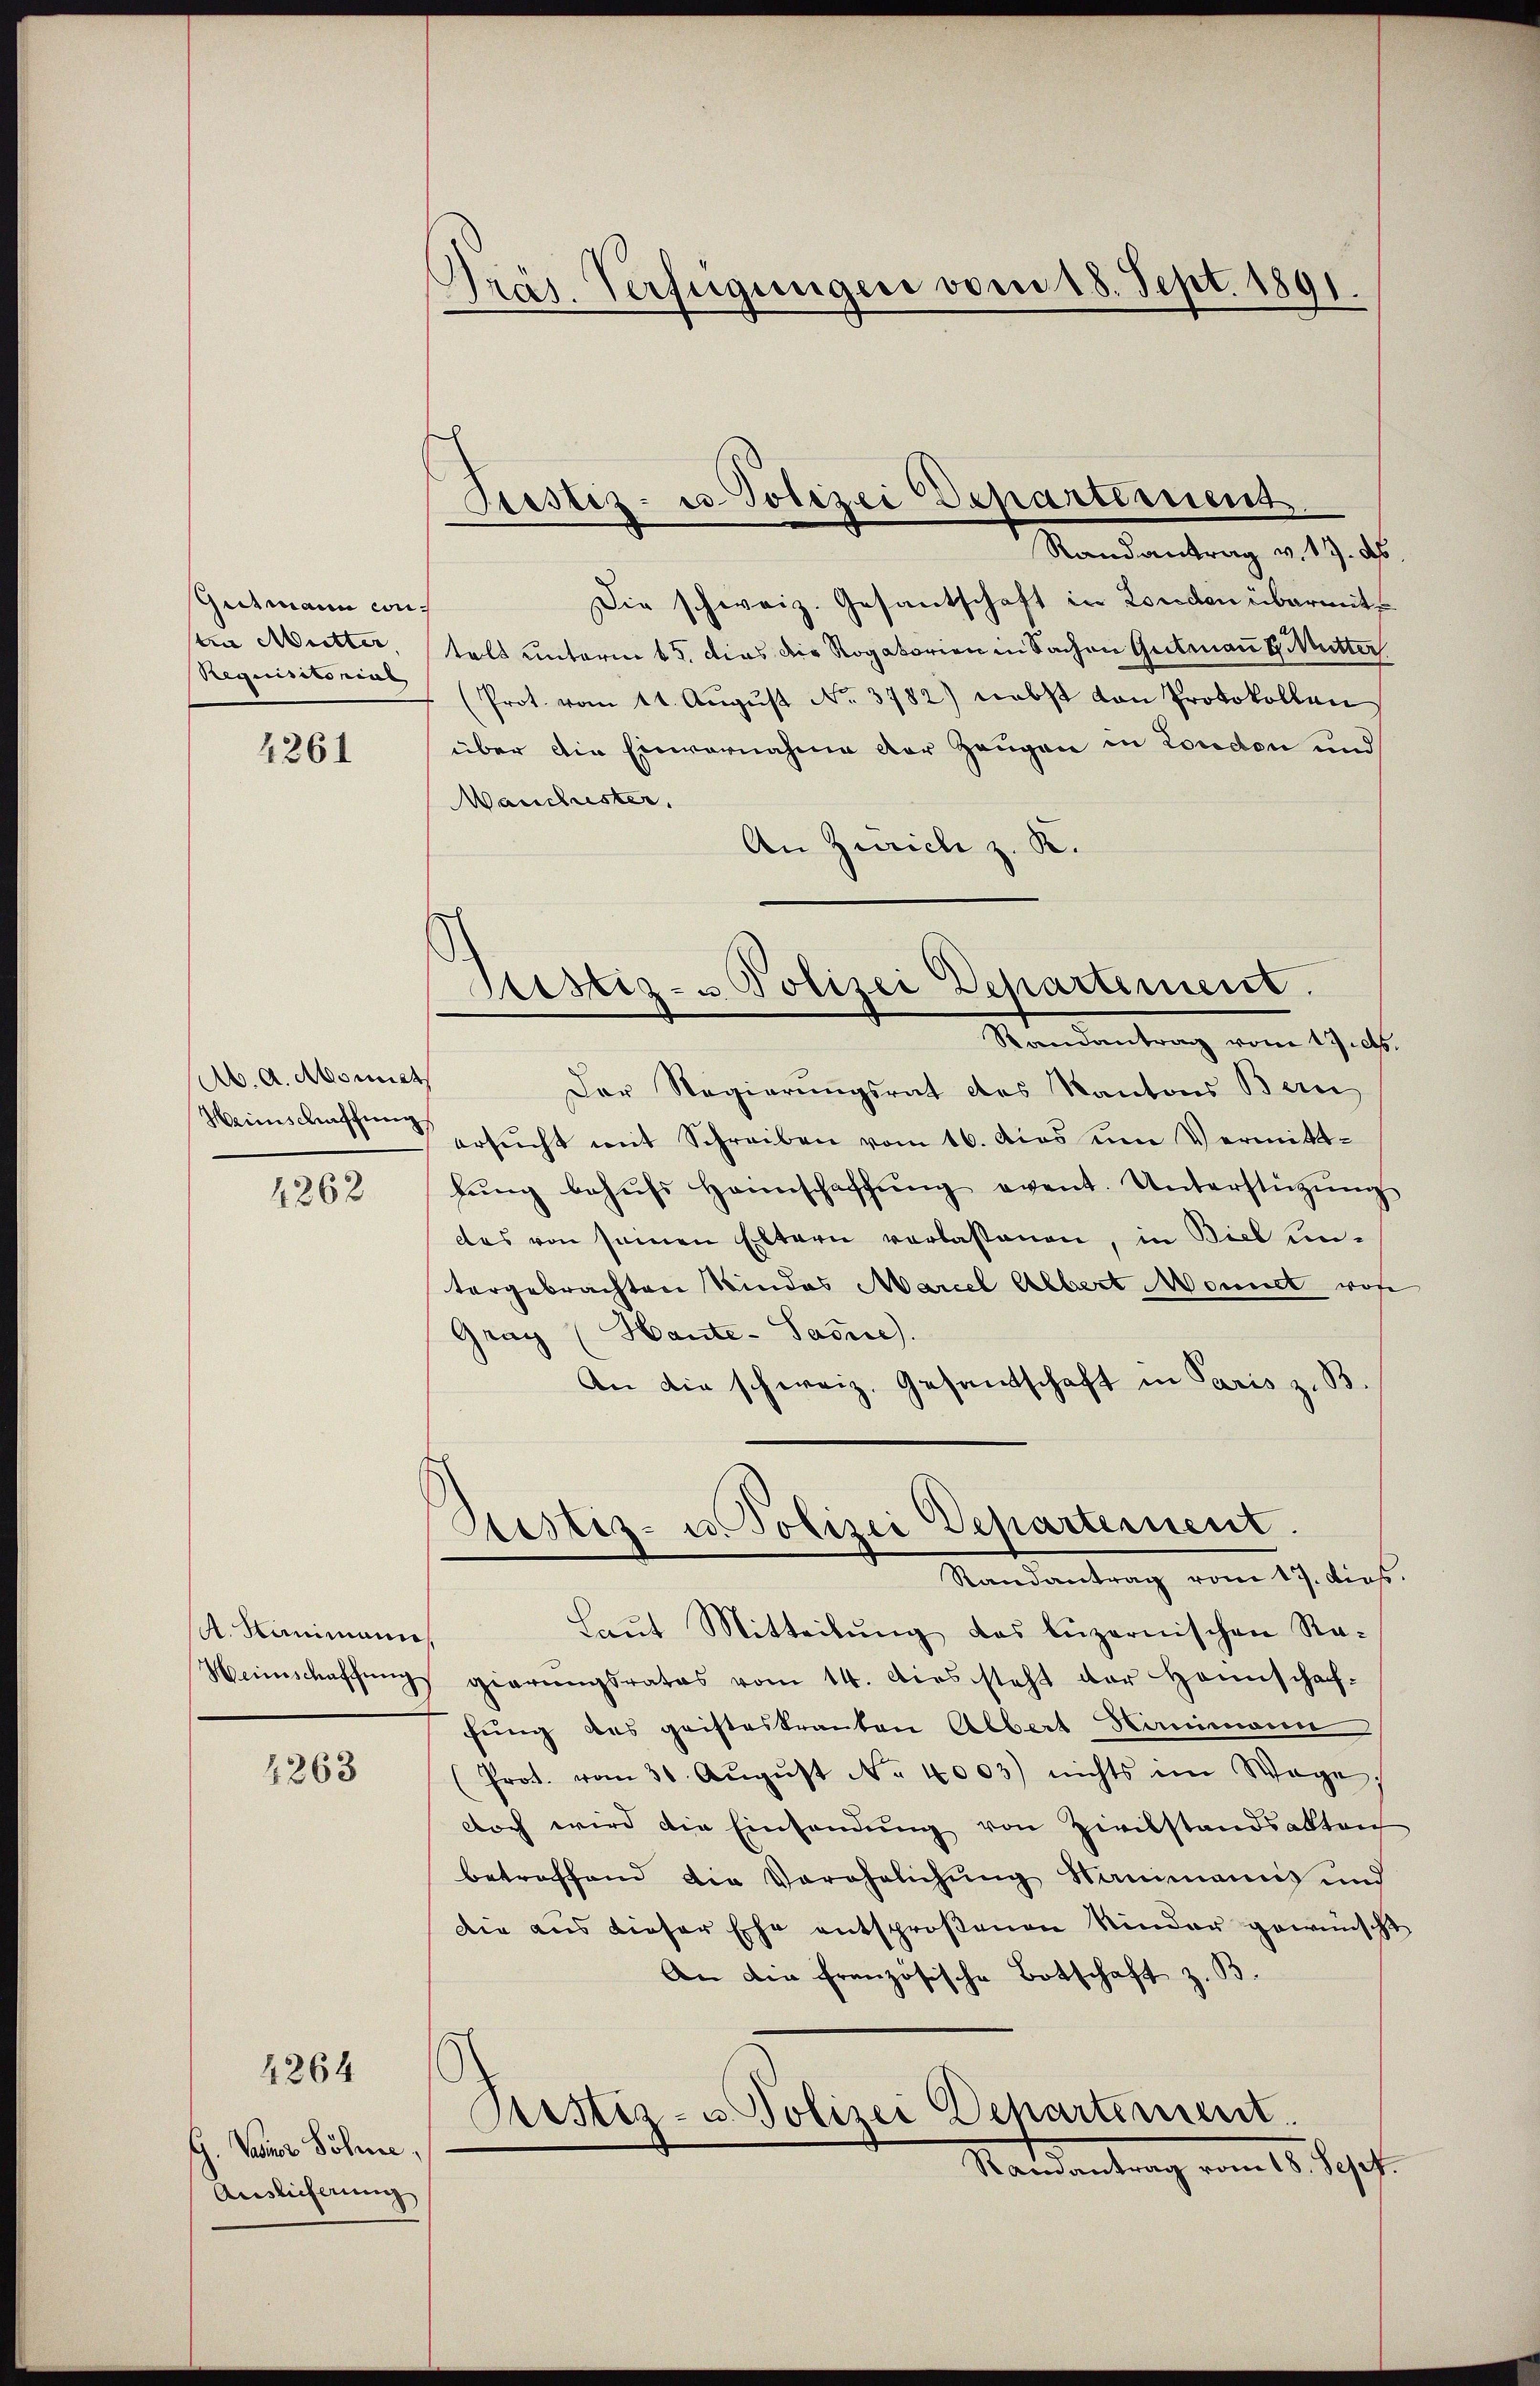
Gutmann con
tin Mutter
Requisitorial

4261

Ab. A. Monat
Weinschaffung

4262

A. Kanimann
Heinschaffung

4263

4264

G. Sainer Söhne,
Auslieferung

Pras. Verfügungen vom 18. Sept. 1891.

Prostiz- u. Polizei Departement

Justiz- u Polizei Departement.
Randantrag vom 17. d

Randantrag v. 17. d
Die schweiz. Gesantschaft in Londen übermittalt unterm 6ten dies der Rogatorien in Sachen Gutmann G. Mutter
(Prot. vom 11. Aŭgŭst No. 3782) nebst von Protokollen
über die Einvernahme der Zeugen in London und
Manchuster.
An Zürich z. K.
Der Regierungsrat des Kantons Bern
ersŭcht mit Schreiben vom 16. das um Vermittbŭng behŭfs Hannschaffŭng event. Unterstützŭng
das von seinen Eltern verlassenen, in Biel untergebrachten Kindes Marcel Albert Monnet wor
Gray (Haute-Sacere).
An die schweiz. Gesandtschaft in Paris z. B.
Zustiz- u. Polizei Departement.
Mandantrag vom 17. dies
Laŭt Mitteilŭng das luzernischen Ra-
gierŭngsrates vom 14. dies steht der Hannschaf-
fung des geisteskranten Albert Hammann
(Prot. vom 30. Aŭgŭst No. 4003) nichts im Wage:
doch wird die Einsendung von Zivilstandsakten
betreffend die Verähnlichung Manimanns und
Die aus dieser Ehe entsprosenen Kinder gewünsch
An der französische Botschaft z. B.
Rustiz- u Polizei Departement.
Ramantrag vom 18. Sept